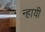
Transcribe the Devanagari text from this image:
न्हायी